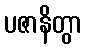
ပဇာနိတွာ